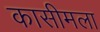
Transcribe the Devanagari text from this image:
कासीमला